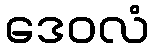
ဒေဝလံ